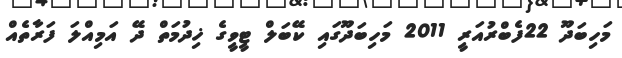
މަހިބަދޫ 22ފެބްރުއަރީ 2011 މަހިބަދޫގައި ކޭބަލް ޓީވީގެ ޚިދުމަތް ދޭ އަމިއްލަ ފަރާތެއް